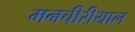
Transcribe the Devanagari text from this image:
मनचीरीयाल